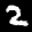
Label: 2